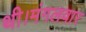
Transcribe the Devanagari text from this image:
थी।मंगलवार